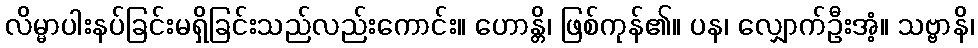
လိမ္မာပါးနပ်ခြင်းမရှိခြင်းသည်လည်းကောင်း။ ဟောန္တိ၊ ဖြစ်ကုန်၏။ ပန၊ လျှောက်ဦးအံ့။ သဗ္ဗာနိ၊